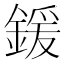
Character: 鍰